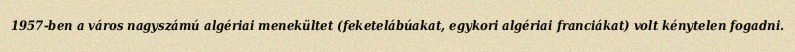
1957-ben a város nagyszámú algériai menekültet (feketelábúakat, egykori algériai franciákat) volt kénytelen fogadni.